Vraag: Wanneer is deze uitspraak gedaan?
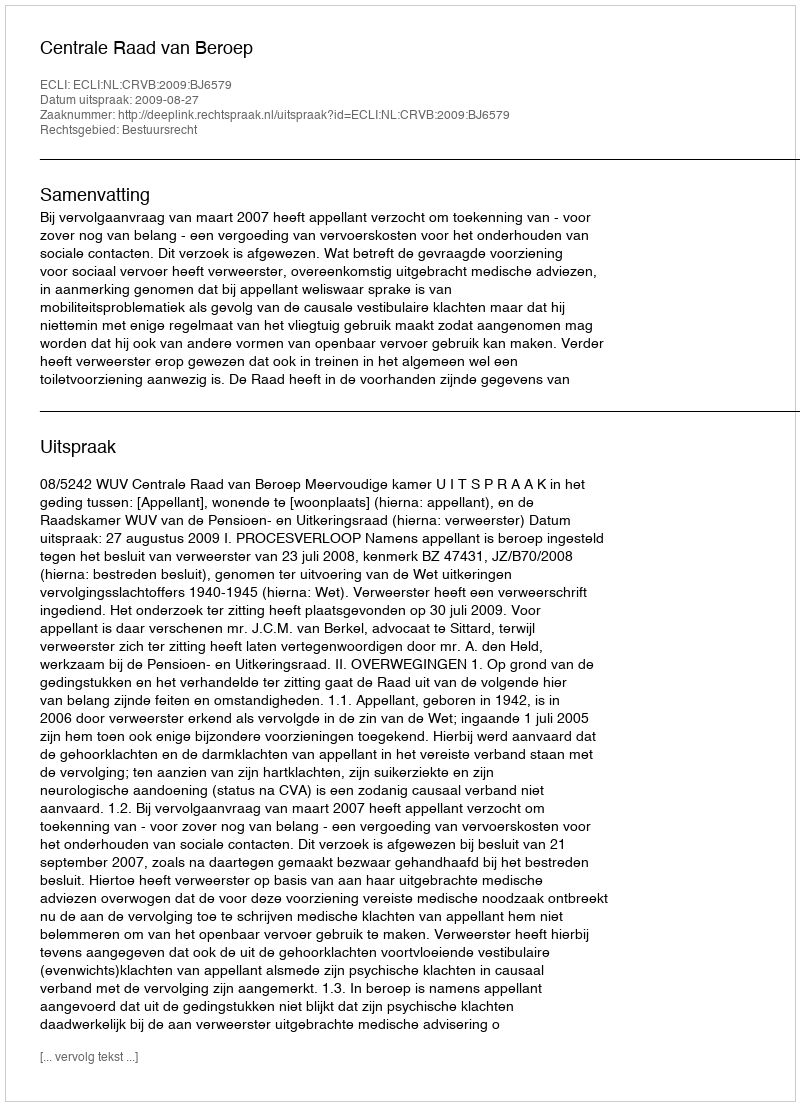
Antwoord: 2009-08-27